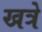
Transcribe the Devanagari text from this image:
खत्रे